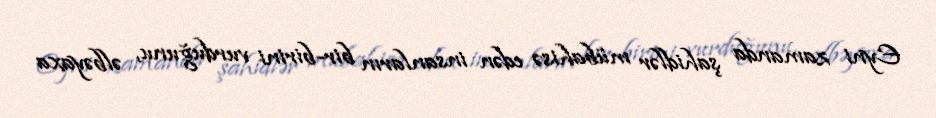
Eyni zamanda şahidlər mübahisə edən insanların bir-birini vurduğunu, əlbəyaxa